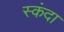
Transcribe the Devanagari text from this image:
स्कंदा